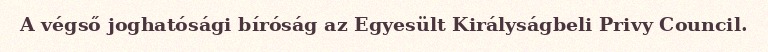
A végső joghatósági bíróság az Egyesült Királyságbeli Privy Council.